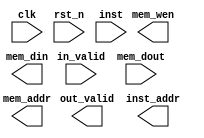
module SP_pipeline(
	// INPUT SIGNAL
	clk,
	rst_n,
	in_valid,
	inst,
	mem_dout,
	// OUTPUT SIGNAL
	out_valid,
	inst_addr,
	mem_wen,
	mem_addr,
	mem_din
);



//------------------------------------------------------------------------
//   INPUT AND OUTPUT DECLARATION                         
//------------------------------------------------------------------------

input                    clk, rst_n, in_valid;
input             [31:0] inst;
input  signed     [31:0] mem_dout;
output reg               out_valid;
output reg        [31:0] inst_addr;
output reg               mem_wen;
output reg        [11:0] mem_addr;
output reg signed [31:0] mem_din;

//------------------------------------------------------------------------
//   DECLARATION
//------------------------------------------------------------------------

// REGISTER FILE, DO NOT EDIT THE NAME.
reg	signed [31:0] r [0:31]; 


//------------------------------------------------------------------------
//   DESIGN
//------------------------------------------------------------------------

endmodule